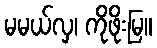
မမယ်လှ၊ ကိုဖိုးမြ။